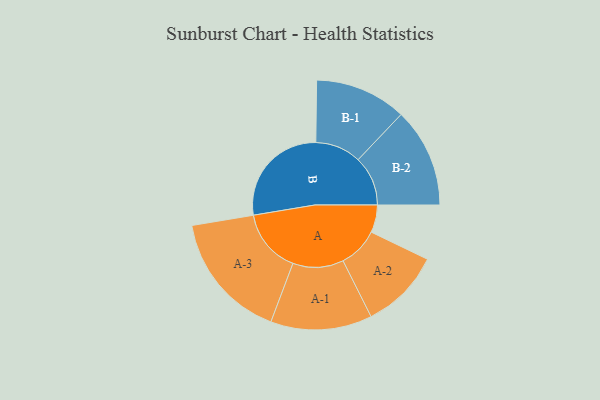
{"axis": {"x": "Segment", "y": "Value"}, "legend": ["", "A", "B"], "data": [{"x": "A", "y": 113, "type": ""}, {"x": "B", "y": 440, "type": ""}, {"x": "A-1", "y": 208, "type": "A"}, {"x": "A-2", "y": 165, "type": "A"}, {"x": "A-3", "y": 263, "type": "A"}, {"x": "B-1", "y": 188, "type": "B"}, {"x": "B-2", "y": 204, "type": "B"}]}